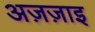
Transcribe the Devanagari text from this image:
अज़ज़ाइ